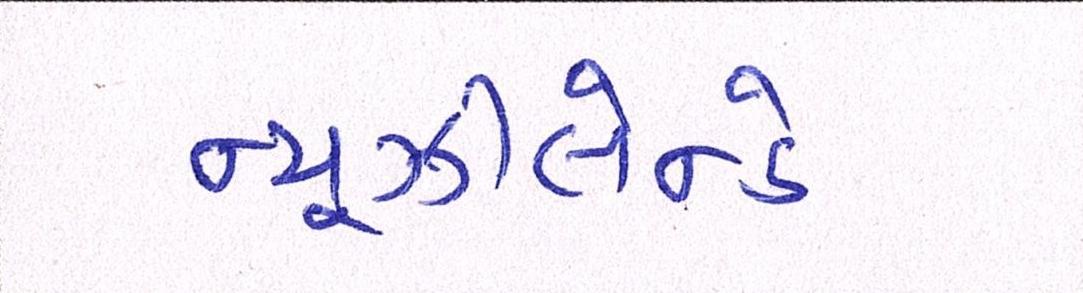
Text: ન્યૂઝીલેન્ડે